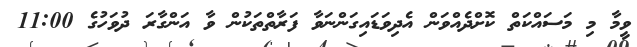
ވީމާ މި މަސައްކަތް ކޮށްދެއްވަން އެދިވަޑައިގަންނަވާ ފަރާތްތަކުން ވާ އަންގާރަ ދުވަހުގެ 11:00